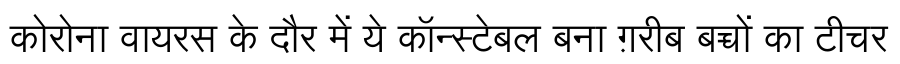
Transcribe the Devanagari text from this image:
कोरोना वायरस के दौर में ये कॉन्स्टेबल बना ग़रीब बच्चों का टीचर